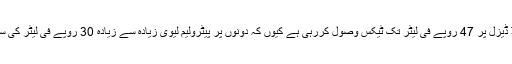
یوں حکومت پیٹرول اور ہائی اسپیڈ ڈیزل پر 47 روپے فی لیٹر تک ٹیکس وصول کررہی ہے کیوں کہ دونوں پر پیٹرولیم لیوی زیادہ سے زیادہ 30 روپے فی لیٹر کی سطح تک لیوی عائد کردی گئی ہے۔